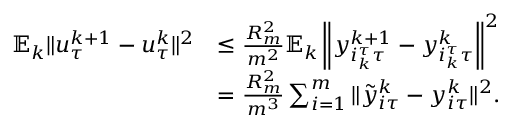
\begin{array} { r l } { \mathbb { E } _ { k } \| u _ { \tau } ^ { k + 1 } - u _ { \tau } ^ { k } \| ^ { 2 } } & { \leq \frac { R _ { m } ^ { 2 } } { m ^ { 2 } } \mathbb { E } _ { k } \left\| y _ { i _ { k } ^ { \tau } \tau } ^ { k + 1 } - y _ { i _ { k } ^ { \tau } \tau } ^ { k } \right\| ^ { 2 } } \\ & { = \frac { R _ { m } ^ { 2 } } { m ^ { 3 } } \sum _ { i = 1 } ^ { m } \| { \tilde { y } } _ { i \tau } ^ { k } - y _ { i \tau } ^ { k } \| ^ { 2 } . } \end{array}